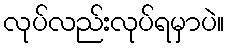
လုပ်လည်းလုပ်ရမှာပဲ။